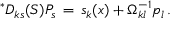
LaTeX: { } ^ { \ast } D _ { k s } ( S ) P _ { s } \, = \, { s } _ { k } ( x ) + \Omega _ { k l } ^ { - 1 } p _ { l } \, .